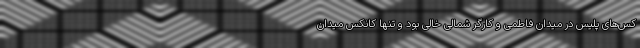
کس‌های پلیس در میدان فاطمی و کارگر شمالی خالی بود و تنها کانکس میدان